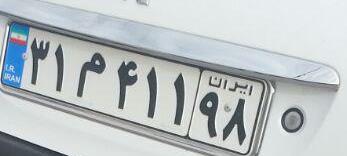
۳۱م۴۱۱۹۸